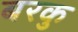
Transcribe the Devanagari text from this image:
बरकु